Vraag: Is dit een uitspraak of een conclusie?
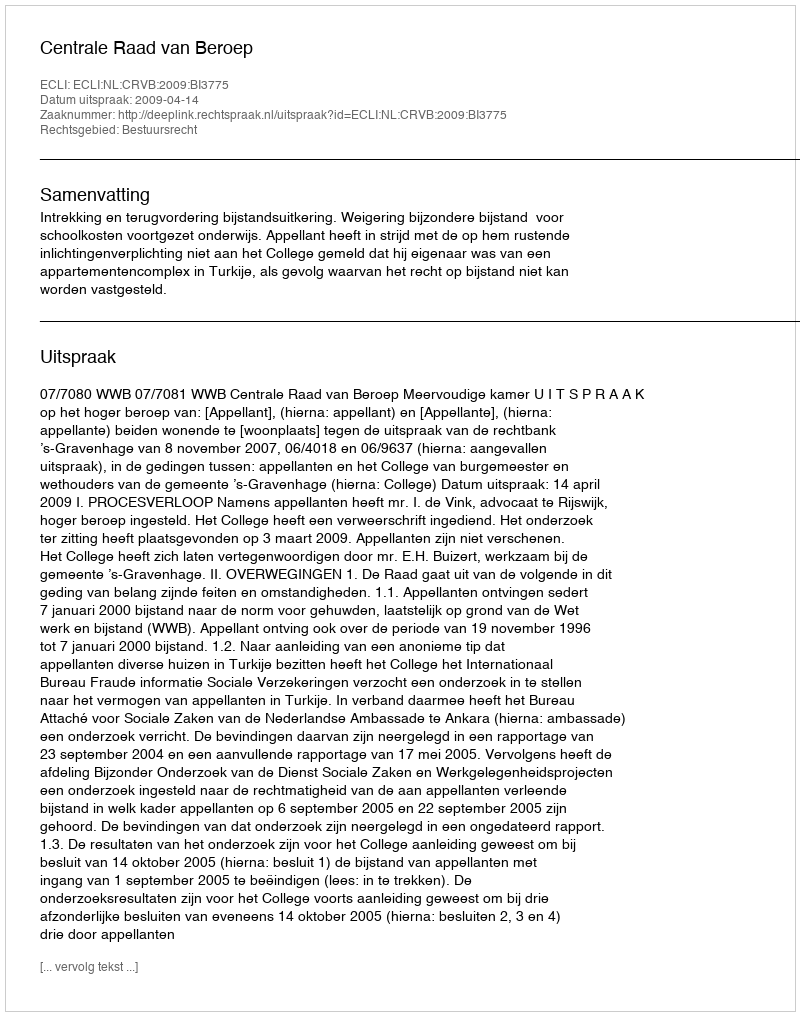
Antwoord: Uitspraak